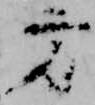
方